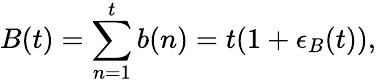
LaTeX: B(t)=\sum_{n=1}^{t}b(n)=t(1+\epsilon_{B}(t)),